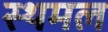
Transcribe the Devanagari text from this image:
स्थमल